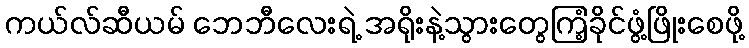
ကယ်လ်ဆီယမ် ဘေဘီလေးရဲ့ အရိုးနဲ့သွားတွေကြံ့ခိုင်ဖွံ့ဖြိုးစေဖို့